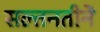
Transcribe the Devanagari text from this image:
सल्तनतीने